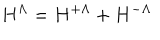
LaTeX: H ^ { \Lambda } = H ^ { + \Lambda } + H ^ { - \Lambda }